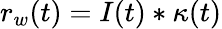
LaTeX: r_{w}(t)=I(t)*\kappa(t)